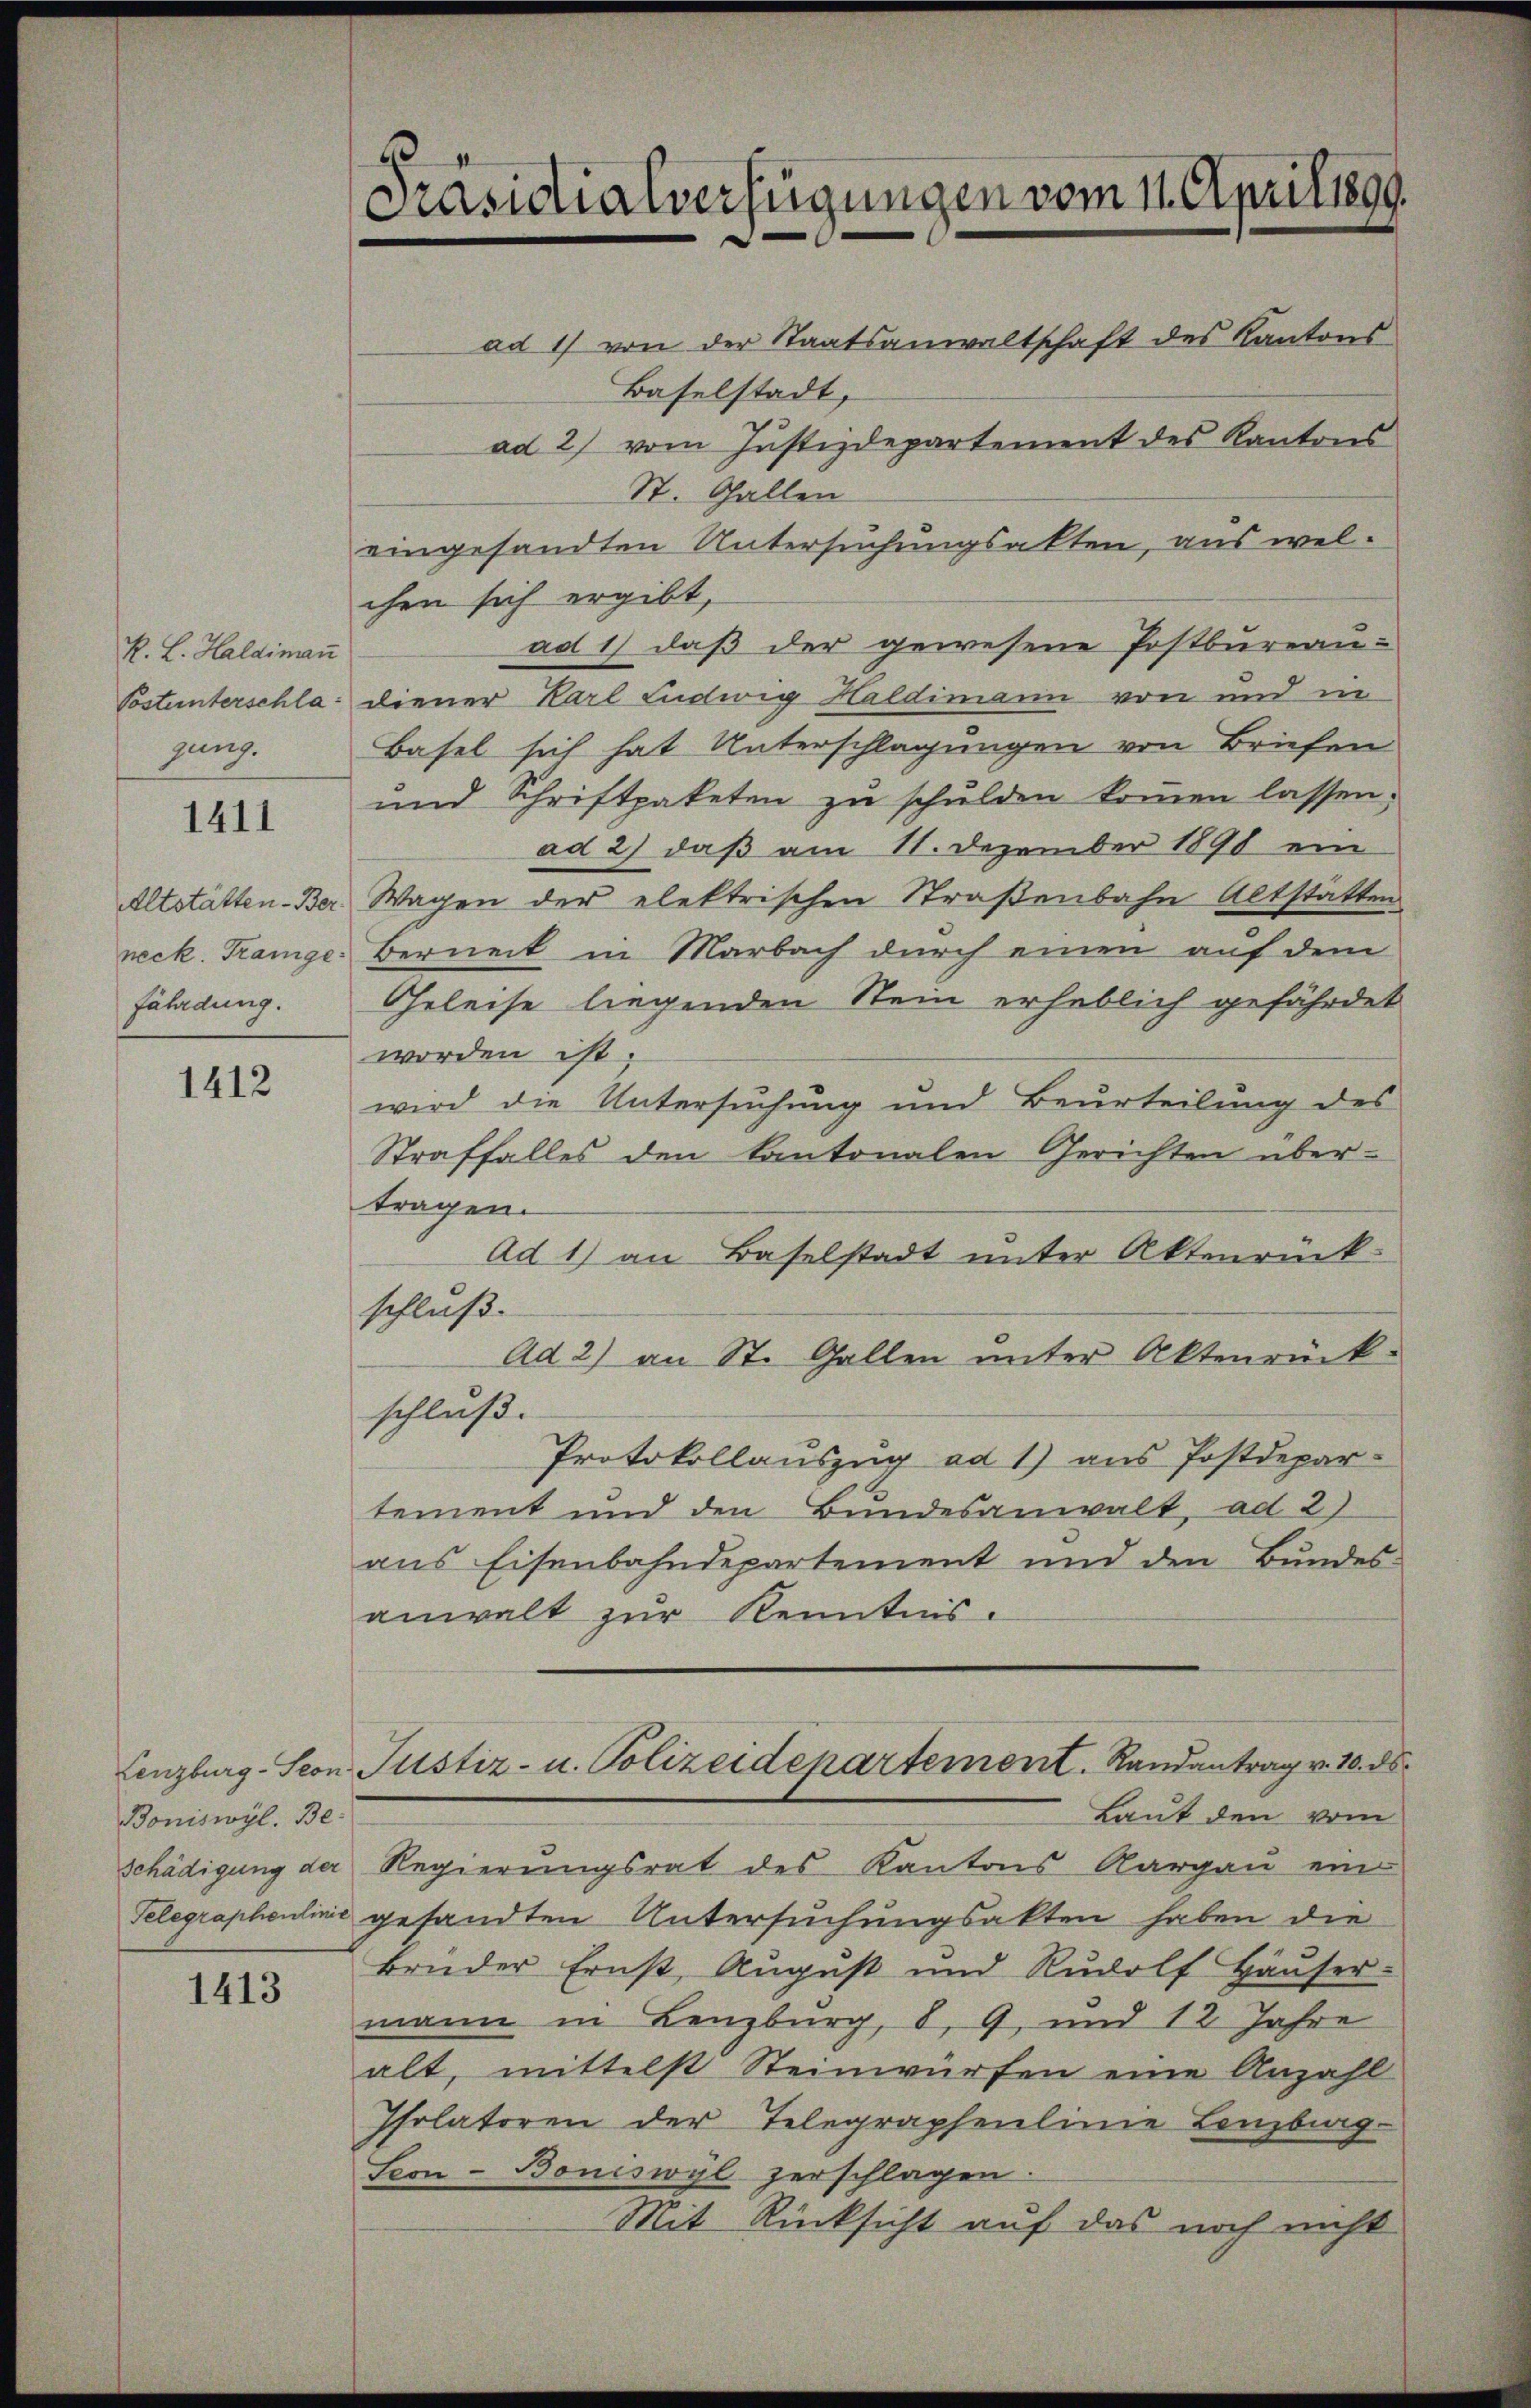
R. L. Haldiman
zung.

1411

Altstätten-Ber
neck. Trange
fährdung.

1412

Boniswyl. Beschädigung der

1413

2
Präsidialverfügungen vom 11. April 1899.

ad 1) von der Staatsanwaltschaft des Kantons
Baselstadt,
ad 2) vom Justizdepartement des Kantons
St. Gallen
eingesandten Untersuchungsakten, aus welchen sich ergibt,
ad 1) daß der gewesene Postbureau-
Postunterschla: diener Karl Ludwig Haldimann von und in
Basel sich hat Unterschlagungen von Briefen
und Schriftpaketen zu schulden kommen lassen.
ad 2) daß am 11. Dezember 1890 ein
Wagen der elektrischen Straßenbahn Altstatten
Berneck in Marbach durch einen auf dem
Geleise liegenden Stein erheblich gefährdet
worden ist.
wird die Untersuchung und Beurteilung des
Straffalles den kantonalen Gerichten über-
tragen.
Ad 1) an Baselstadt unter Aktenrück.
schluß.
Ad 2) an St. Gallen unter Aktenrück-
schluß.
Protokollauszug ad 1) aus Postdepar-
tement und den Bundesanwalt, ad 2)
aus Eisenbahndepartement und den Bundes-
anwalt zur Kenntnis.
Lenzburg-Seon Justiz- u. Polizeidepartement. Randantrag v. 10. ds.
Laut den vom
Regierungsrat des Kantons Aargau ein
Telegraphenlinić gesandten Untersuchungsakten haben die
brüder Ernst Aŭgŭst und Rŭdolf Häŭser.
mann in Lenzburg, 8, 9, und 12 Jahre
alt, mittelst Steinwürfen eine Anzahl
Psolatoren der Telegraphenlinie Lenzberg-
Seon-Boniswyl zerschlagen.
Mit Rücksicht auf das noch nicht